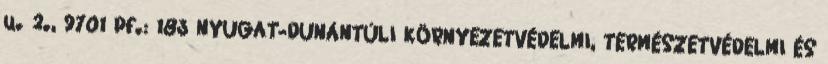
u. 2., 9701 Pf.: 183 NYUGAT-DUNÁNTÚLI KÖRNYEZETVÉDELMI, TERMÉSZETVÉDELMI ÉS